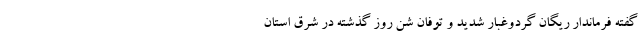
گفته فرماندار ریگان گردوغبار شدید و توفان شن روز گذشته در شرق استان